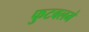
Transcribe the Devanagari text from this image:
फुटबलमे